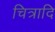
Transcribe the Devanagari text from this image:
चित्रादि